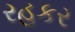
રહકર